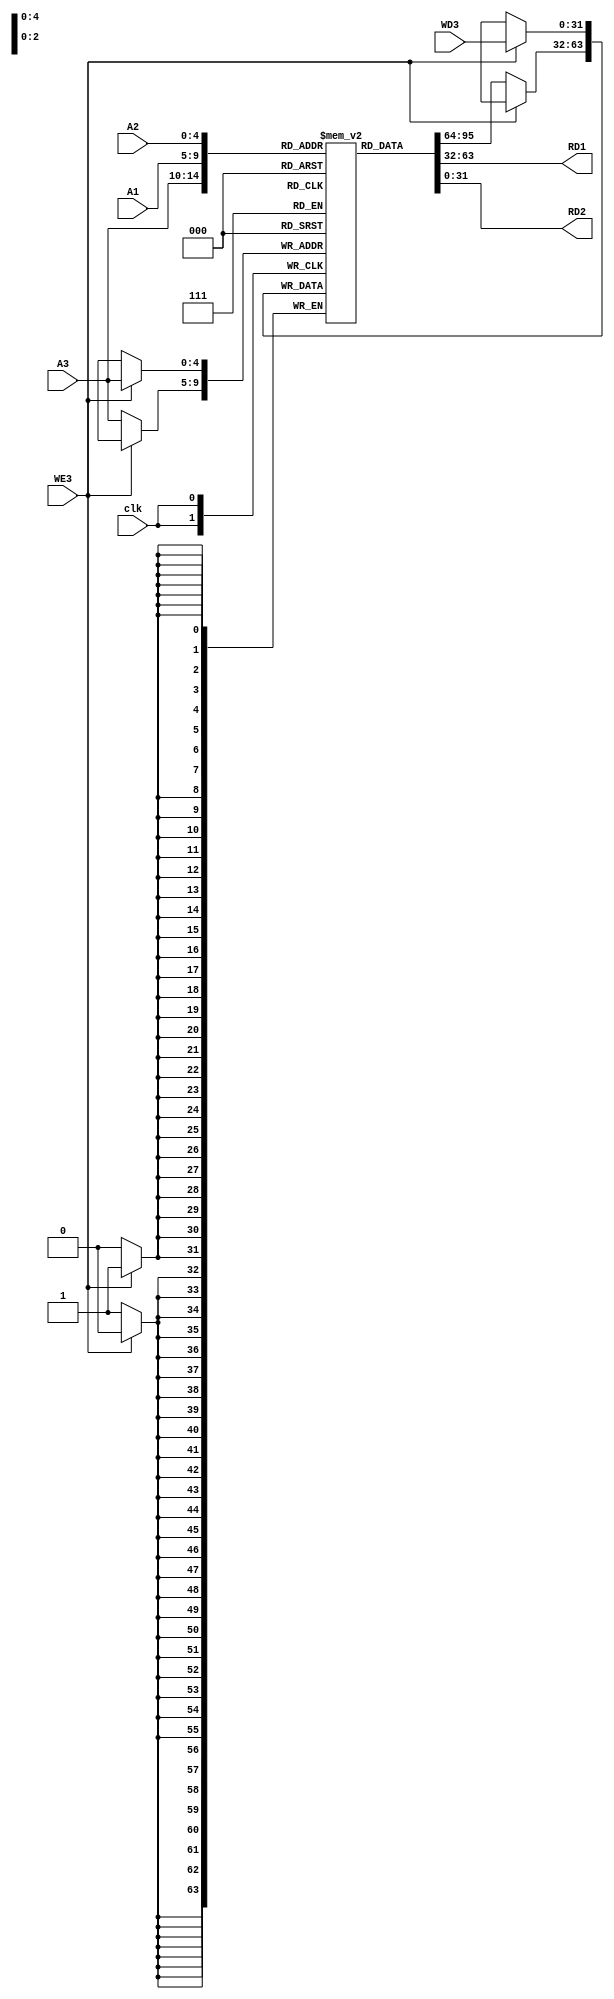
module Register_File
(
input [4:0]A1,A2,A3,
input [31:0]WD3,
input clk,
input WE3,
output [31:0]RD1,RD2
);

reg [31:0]RAM[0:31];

integer i;
initial 
begin 
for(i=0;i<32;i=i+1)
begin
RAM[i]=32'b0;
end
end
// Write Operation //
always@(posedge clk)
begin
if(WE3)
RAM[A3]<=WD3;
else
RAM[A3]<=RAM[A3];
end
// Read Operation //
assign RD1=RAM[A1];
assign RD2=RAM[A2];

endmodule